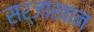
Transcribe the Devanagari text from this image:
सर्जाखान